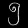
Digit: ၅